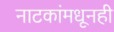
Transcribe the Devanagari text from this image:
नाटकांमधूनही